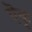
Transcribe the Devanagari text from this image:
ऎकू